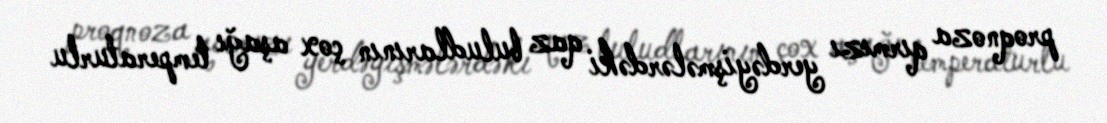
proqnoza qırmızı yerdəyişmələrdəki qaz buludlarının çox aşağı temperaturlu